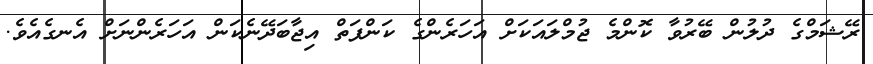
ރޭޝަމްގެ ދުލުން ބޭރުވާ ކޮންމެ ޖުމްލައަކަށް އަހަރެންގެ ކަންފަތް އިޖާބަދޭނެކަން އަހަރެންނަށް އެނގެއެވެ.